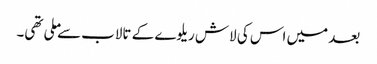
بعد میں اس کی لاش ریلوے کے تالاب سے ملی تھی۔